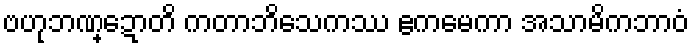
ဗဟုဘဏ္ဍောတိ ကတာဘိသေကဿ ဧကမေကာ အသာမိကဘာဝံ